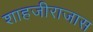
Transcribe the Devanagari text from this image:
शाहजीराजास